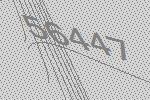
56447